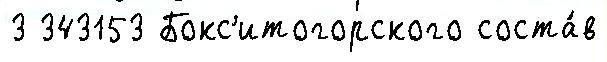
3 343153 Бокс'итогорского соста́в